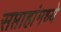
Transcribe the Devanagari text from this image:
सप्ताहांमध्ये